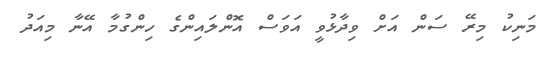
މަނިކު މިރޭ ސަން އަށް ވިދާޅުވީ އަވަސް އޮންލައިންގެ ހިންގުމާ އޭނާ މިއަދު